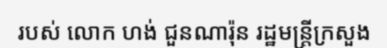
របស់ លោក ហង់ ជួនណារ៉ុន រដ្ឋមន្ត្រីក្រសួង